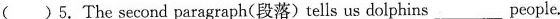
( )5.The second paragraph (段落) tells us dolphins ___ people.